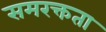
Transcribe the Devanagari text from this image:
समरक्तता